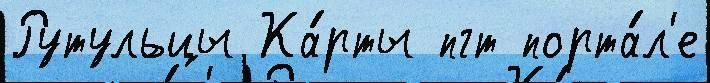
Рутульцы Ка́рты пгт порта́л'е